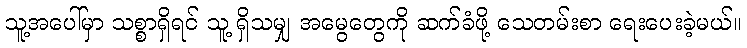
သူ့အပေါ်မှာ သစ္စာရှိရင် သူ့ ရှိသမျှ အမွေတွေကို ဆက်ခံဖို့ သေတမ်းစာ ရေးပေးခဲ့မယ်။